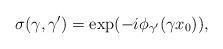
LaTeX: \begin{align*}\sigma(\gamma,\gamma')= \exp(-i \phi_{\gamma'}(\gamma x_0)),\end{align*}